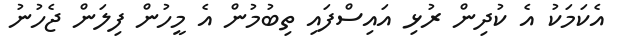
އެކަމަކު އެ ކުދިން ރުޅި އައިސްފައި ތިބުމުން އެ މީހުން ފިލަން ޖެހުނު